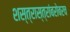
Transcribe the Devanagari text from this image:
शस्त्रास्त्रांबरोबरच